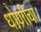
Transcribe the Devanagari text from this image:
धोणीचा